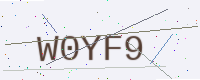
Text: W0YF9